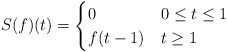
\begin{align*}S(f)(t) &=\begin{cases}0 & 0\leq t \leq 1 \\f(t-1) & t\geq 1\end{cases}\end{align*}